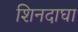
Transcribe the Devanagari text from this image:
शिनदाघा